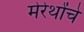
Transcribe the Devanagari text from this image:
मेरेथोंचे